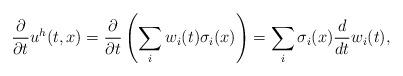
LaTeX: \begin{align*}\frac{\partial}{\partial t}u^h(t,x)=\frac{\partial}{\partial t}\left(\sum_i w_i(t)\sigma_i(x)\right)= \sum_i \sigma_i(x) \frac{d}{d t}w_i(t),\end{align*}